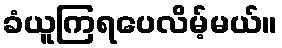
ခံယူကြရပေလိမ့်မယ်။